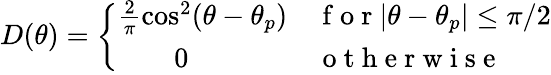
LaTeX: D(\theta)=\left\{ \begin{array}{ll}{\frac{2}{\pi}\cos^{2}(\theta-\theta_{p})}&{\mathrm{~f~o~r~}|\theta-\theta_{p}|\leq\pi/2}\\ {\qquad 0}&{\mathrm{~o~t~h~e~r~w~i~s~e~}}\end{array}\right.